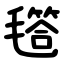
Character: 㲮